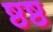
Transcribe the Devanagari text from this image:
ष्ठष्ठ